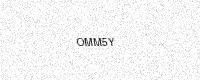
Text: OMM5Y